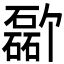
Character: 𪿸